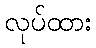
လုပ်ထား